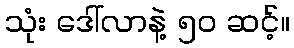
သုံး ဒေါ်လာနဲ့ ၅၀ ဆင့်။